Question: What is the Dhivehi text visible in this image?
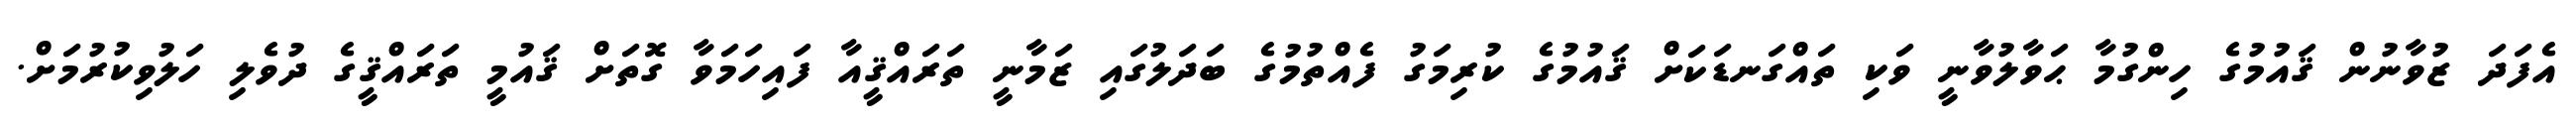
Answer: އެފަދަ ޒުވާނުން ޤައުމުގެ ހިންގުމާ ޙަވާލުވާނީ ވަކި ތައްގަނޑަކަށް ޤައުމުގެ ކުރިމަގު ފެއްތުމުގެ ބަދަލުގައި ޒަމާނީ ތަރައްޤީއާ ފައިހަމަވާ ގޮތަށް ޤައުމީ ތަރައްޤީގެ ދުވެލި ހަލުވިކުރުމަށް.